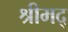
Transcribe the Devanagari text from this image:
श्रीमद्‌